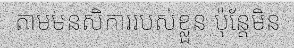
តាមមនសិការរបស់ខ្លួន ប៉ុន្តែមិន